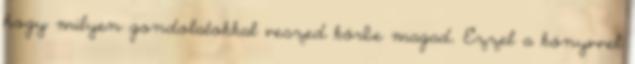
hogy milyen gondolatokkal veszed körbe magad. Ezzel a könyvvel